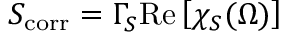
S _ { \mathrm { c o r r } } = \Gamma _ { S } ^ { } \mathrm { R e } \left[ \chi _ { S } ( \Omega ) \right]